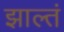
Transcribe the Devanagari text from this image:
झाल्तं